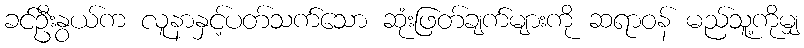
ခင်ဦးနွယ်က လူနာနှင့်ပတ်သက်သော ဆုံးဖြတ်ချက်များကို ဆရာဝန် မည်သူ့ကိုမျှ